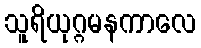
သူရိယုဂ္ဂမနကာလေ